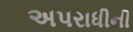
અપરાધીની